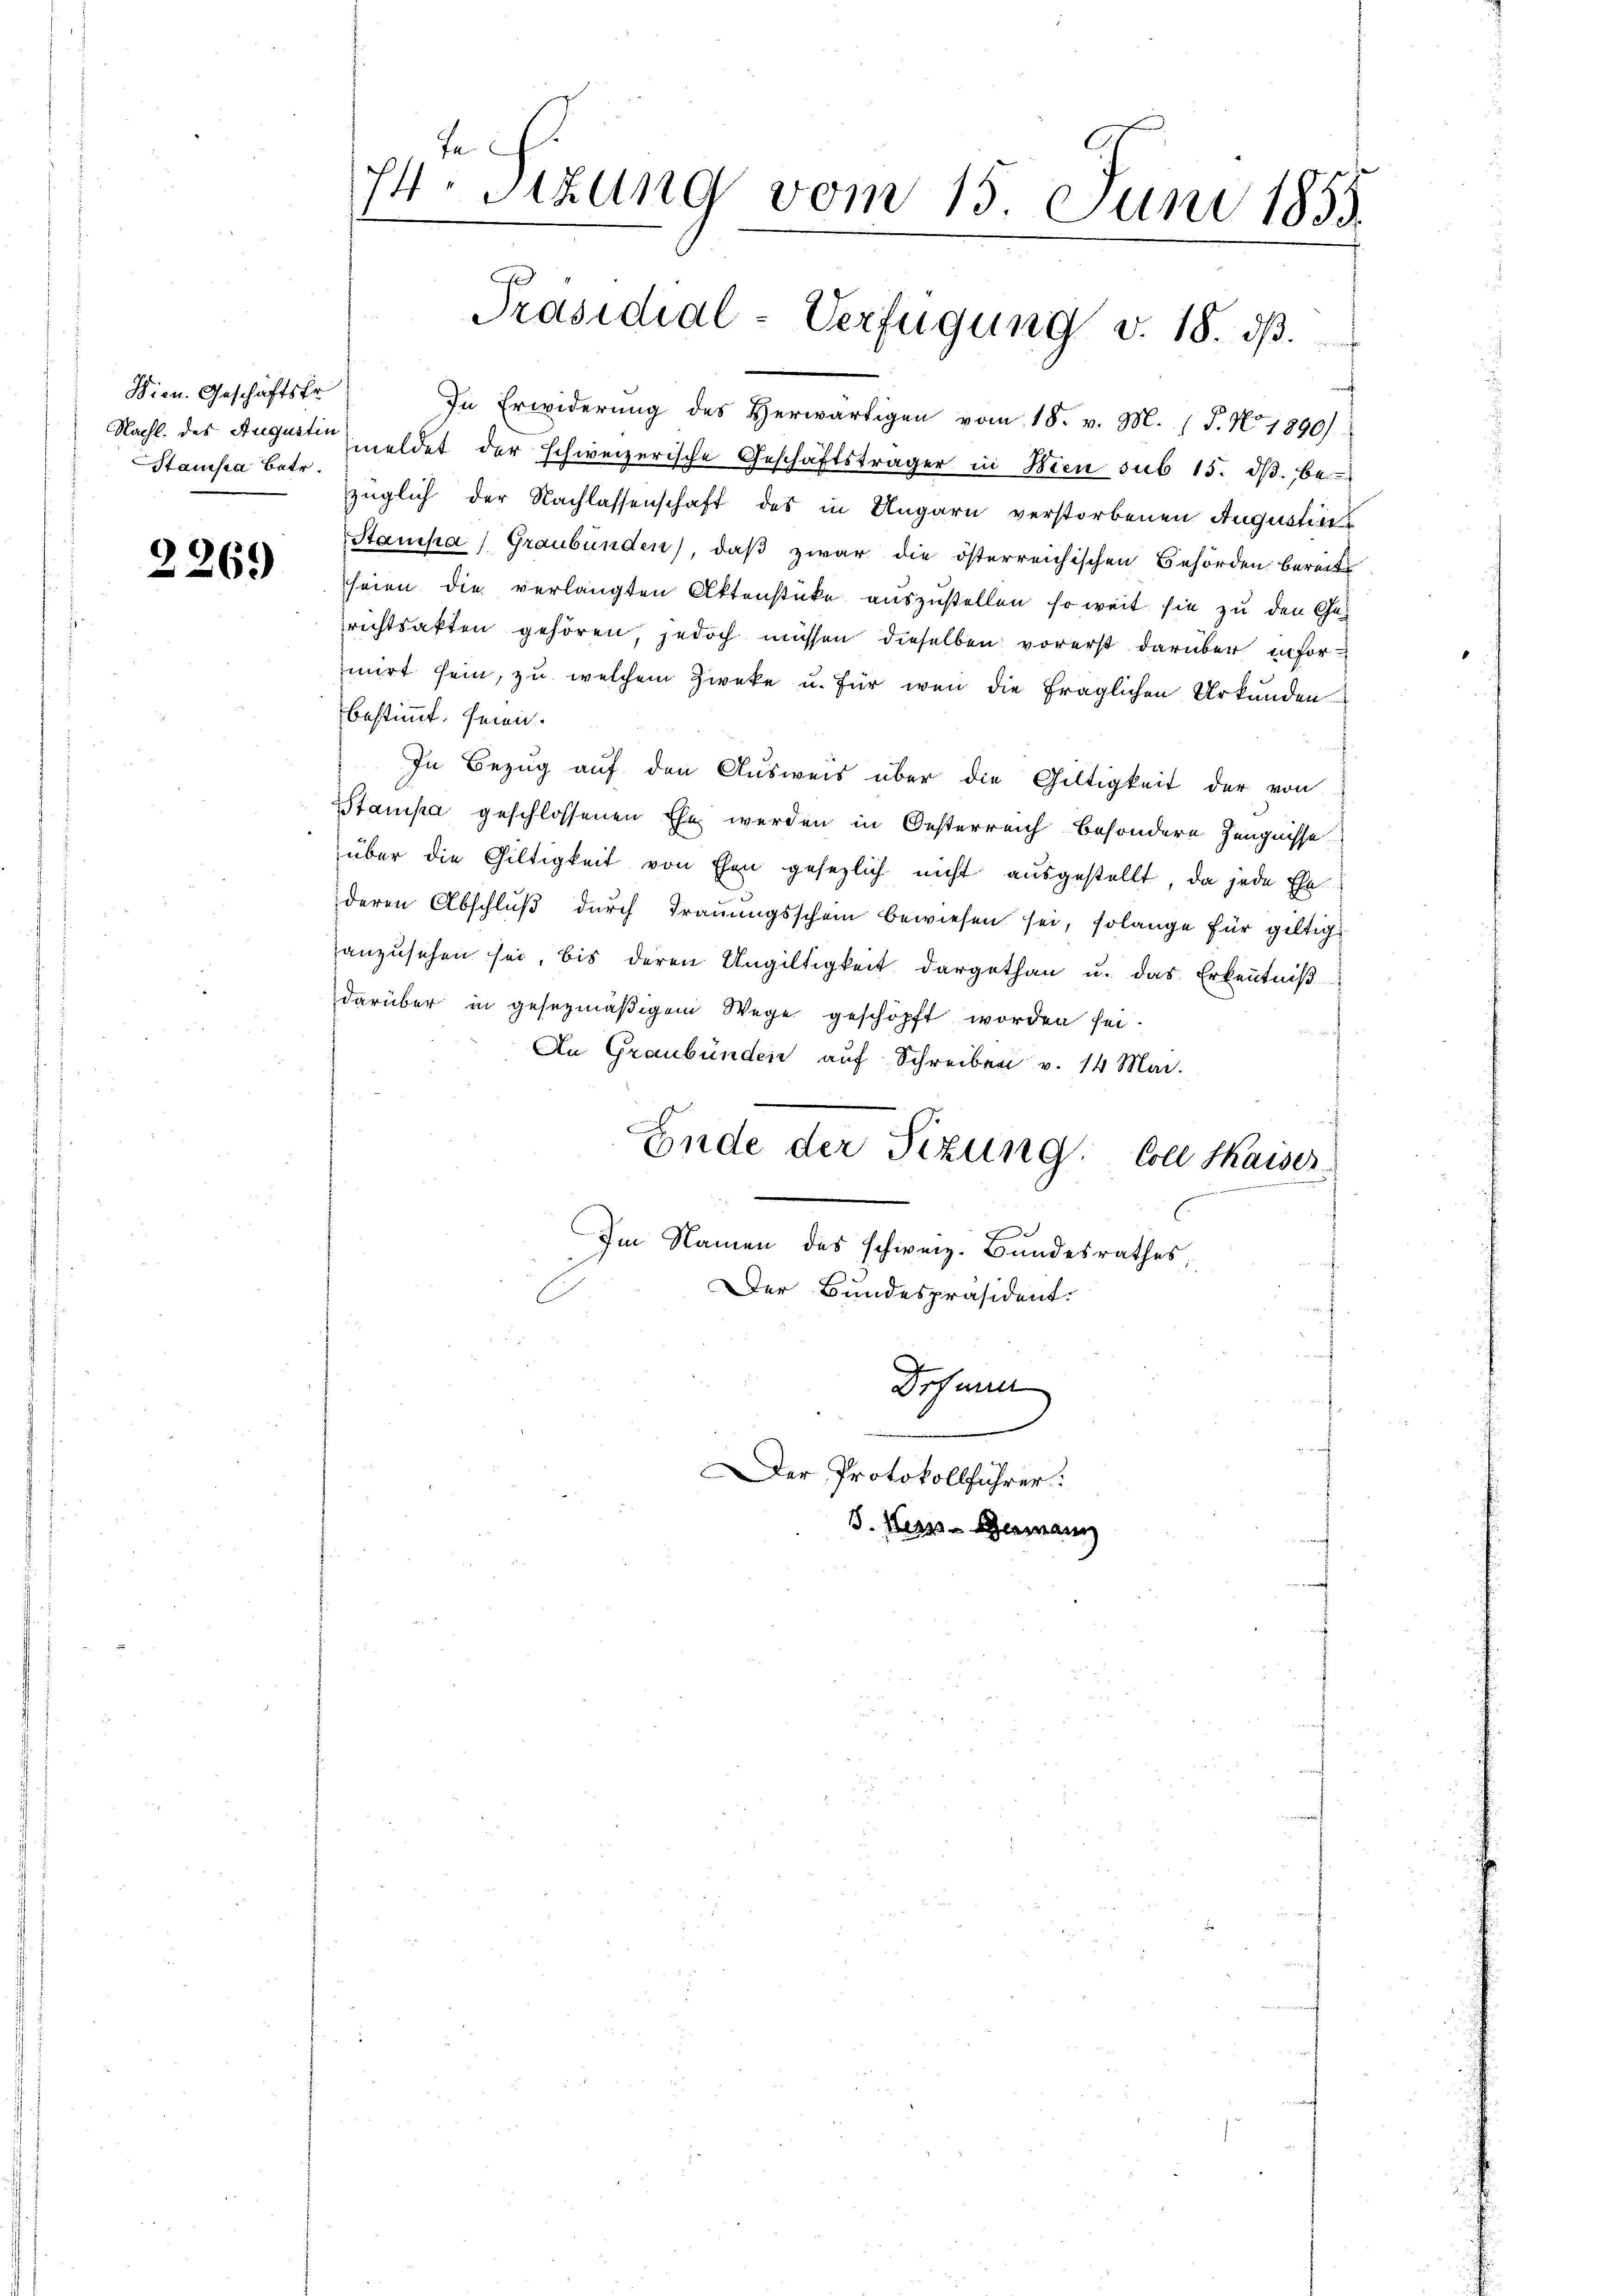
Bien. Geschäftsfr.
Stanisa Betr.

2269

74. Sitzung vom 15. Juni 1855

In Erwiderung des Herwärtigen vom 18. v. M. (T. No. 1890)
Nachl. des August meldet der schweizerische Geschäftsträger in Wien sub 15. dβ be-
züglich der Nachlassenschaft des in Ungarn verstorbenen Augustin
Stanka, Graubünden), daß zwar die österreichischen Behörden bereite
seien die verlangten Aktenstücke auszustellen, so weit sie zu den Gerichtsakten gehören, jedoch müssen dieselben vorerst darüber infor-
mirt sein, zu welchem Zwecke u. für wenn die fraglichen Urkunden
bestimmt, frei.
In Bezug auf den Ausweis über die Gültigkeit der von
Stampa geschlossenen Ehe werden in Oesterreich besondere Zeugnisse
über die Gültigkeit von Ehen gesezlich nicht ausgestellt, da jede Ehe
deren Abschluß durch Trauungsschein bewiesen sei, solange für giltig
anzŭsehen sei, bis deren Ungültigkeit dargethan u. das Erkenntniβ
darüber in gesezmäßigem Wege geschöpft worden sei.
An Graubünden auf Schreiben v. 14 Mai.
Ende der Sizung. Coll Kaiser
Im Namen des schweiz. Bundesrathes
Der Bundespräsident.
Defun
Der Protokollführer:
S. Kar-Germann

Präsidial-Verfügung v. 18. dβ.